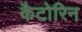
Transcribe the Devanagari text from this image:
कैटोरिन